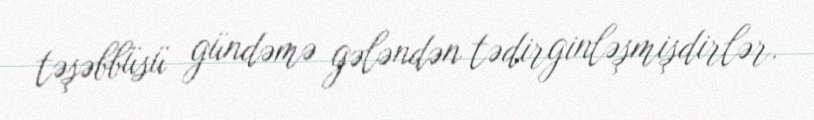
təşəbbüsü gündəmə gələndən tədirginləşmişdirlər.